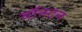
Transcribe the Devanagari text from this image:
वॉनटन